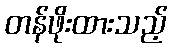
တန်ဖိုးထားသည့်